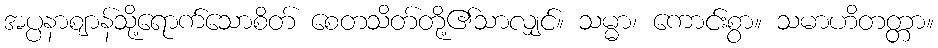
အပ္ပနာဈာန်သို့ရောက်သောစိတ် စေတသိတ်တို့၏သာလျှင်။ သမ္မာ၊ ကောင်းစွာ။ သမာဟိတတ္တာ။